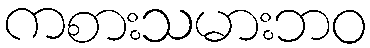
ကစားသမားဘဝ